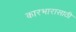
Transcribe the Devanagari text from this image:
कारभारासाठी